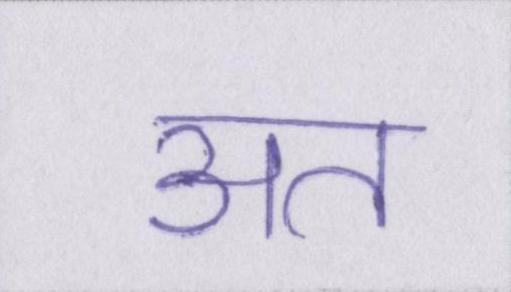
अत